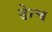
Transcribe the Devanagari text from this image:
डेन्च